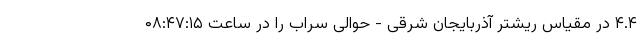
۴.۴ در مقیاس ریشتر آذربایجان شرقی - حوالی سراب را در ساعت ۰۸:۴۷:۱۵